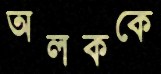
অলককে